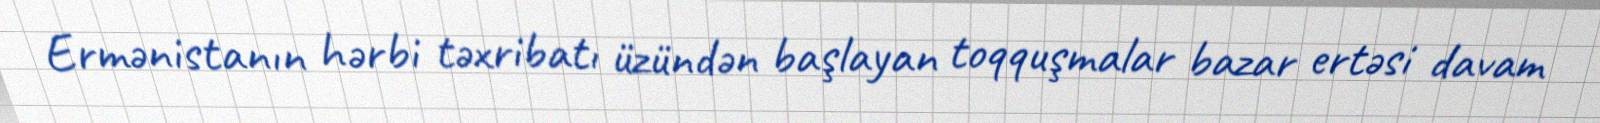
Ermənistanın hərbi təxribatı üzündən başlayan toqquşmalar bazar ertəsi davam